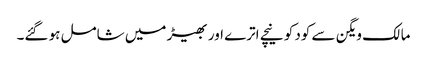
مالک ویگن سے کود کو نیچے اترے اور بھیڑ میں شامل ہو گئے۔